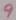
Text: 9